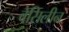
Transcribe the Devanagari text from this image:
वेसिलीन